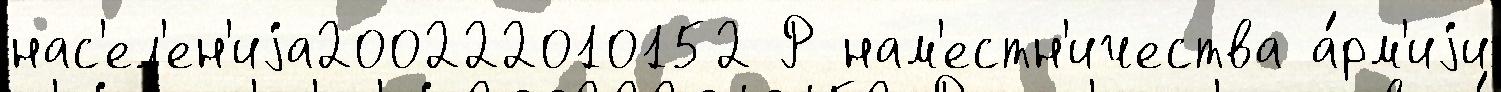
нас'ел'ен'иjа200222010152 Р нам'естн'ичества а́рм'иjи